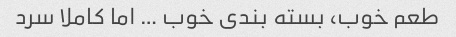
طعم خوب، بسته بندی خوب … اما کاملا سرد